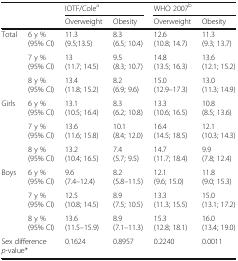
<table><thead><tr><td rowspan="2" colspan="2"></td><td colspan="2"><b>IOTF/Cole<sup>a</sup></b></td><td colspan="2"><b>WHO 2007<sup>b</sup></b></td></tr><tr><td><b>Overweight</b></td><td><b>Obesity</b></td><td><b>Overweight</b></td><td><b>Obesity</b></td></tr></thead><tbody><tr><td rowspan="3">Total</td><td>6 y %(95% CI)</td><td>11.3(9.5;13.5)</td><td>8.3(6.5; 10.4)</td><td>12.6(10.8; 14.7)</td><td>11.3(9.3; 13.7)</td></tr><tr><td>7 y %(95% CI)</td><td>13(11.7; 14.5)</td><td>9.5(8.3; 10.7)</td><td>14.8(13.5; 16.3)</td><td>13.6(12.1; 15.2)</td></tr><tr><td>8 y %(95% CI)</td><td>13.4(11.8; 15.2)</td><td>8.2(6.9; 9.6)</td><td>15.0(12.9–17.3)</td><td>13.0(11.3; 14.9)</td></tr><tr><td rowspan="3">Girls</td><td>6 y %(95% CI)</td><td>13.1(10.5; 16.4)</td><td>8.3(6.2; 10.8)</td><td>13.3(10.6; 16.5)</td><td>10.8(8.5; 13.6)</td></tr><tr><td>7 y %(95% CI)</td><td>13.6(11.6; 15.8)</td><td>10.1(8.4; 12.0)</td><td>16.4(14.5; 18.5)</td><td>12.1(10.3; 14.3)</td></tr><tr><td>8 y %(95% CI)</td><td>13.2(10.4; 16.5)</td><td>7.4(5.7; 9.5)</td><td>14.7(11.7; 18.4)</td><td>9.9(7.8; 12.4)</td></tr><tr><td rowspan="3">Boys</td><td>6 y %(95% CI)</td><td>9.6(7.4–12.4)</td><td>8.2(5.8–11.5)</td><td>12.1(9.6; 15.0)</td><td>11.8(9.0; 15.3)</td></tr><tr><td>7 y %(95% CI)</td><td>12.5(10.8; 14.5)</td><td>8.9(7.5; 10.5)</td><td>13.3(11.3; 15.5)</td><td>15.0(13.1; 17.2)</td></tr><tr><td>8 y %(95% CI)</td><td>13.6(11.5–15.9)</td><td>8.9(7.1–11.3)</td><td>15.3(12.8; 18.1)</td><td>16.0(13.4; 19.0)</td></tr><tr><td colspan="2">Sex difference<i>p</i>-value*</td><td>0.1624</td><td>0.8957</td><td>0.2240</td><td>0.0011</td></tr></tbody></table>